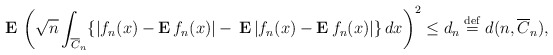
\begin{align*}{\bf E\,}\left( \sqrt{n}\int_{\overline{C}_{n}}\{|f_{n}(x)-{\bf E\,}f_{n}(x)|-{\bf \,E\,}|f_{n}(x)-{\bf E\,}f_{n}(x)|\}\,dx\right) ^{2}\leq d_{n}\stackrel{\rm def}{=}d(n,\overline{C}_{n}), \end{align*}